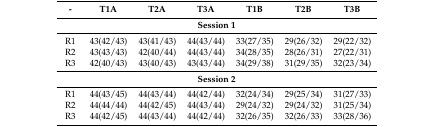
<table><thead><tr><td><b>-</b></td><td><b>T1A</b></td><td><b>T2A</b></td><td><b>T3A</b></td><td><b>T1B</b></td><td><b>T2B</b></td><td><b>T3B</b></td></tr></thead><tbody><tr><td colspan="7"><b>Session 1</b></td></tr><tr><td>R1</td><td>43(42/43)</td><td>43(41/43)</td><td>44(43/44)</td><td>33(27/35)</td><td>29(26/32)</td><td>29(22/32)</td></tr><tr><td>R2</td><td>43(43/43)</td><td>42(40/44)</td><td>44(43/44)</td><td>34(28/35)</td><td>28(26/31)</td><td>27(22/31)</td></tr><tr><td>R3</td><td>42(40/43)</td><td>43(40/43)</td><td>43(43/44)</td><td>34(29/38)</td><td>31(29/35)</td><td>32(23/34)</td></tr><tr><td colspan="7"><b>Session 2</b></td></tr><tr><td>R1</td><td>44(43/45)</td><td>44(43/44)</td><td>44(42/44)</td><td>32(24/34)</td><td>29(25/34)</td><td>31(27/33)</td></tr><tr><td>R2</td><td>44(44/44)</td><td>44(42/45)</td><td>44(43/44)</td><td>29(24/32)</td><td>29(24/32)</td><td>31(25/34)</td></tr><tr><td>R3</td><td>44(42/45)</td><td>44(43/44)</td><td>44(42/44)</td><td>32(26/35)</td><td>32(26/33)</td><td>33(28/36)</td></tr></tbody></table>